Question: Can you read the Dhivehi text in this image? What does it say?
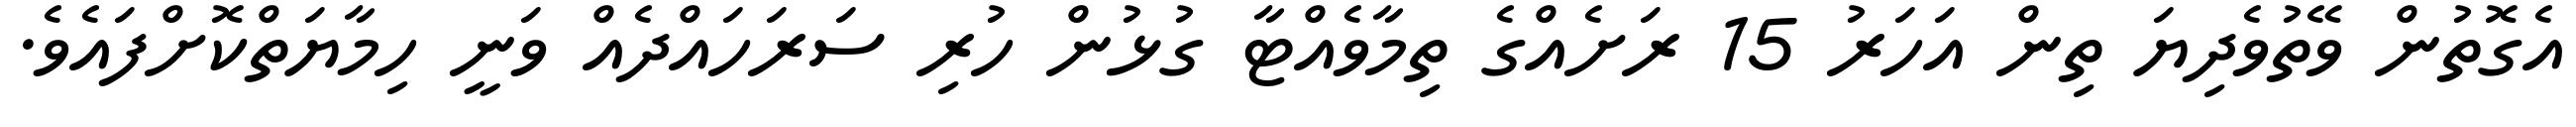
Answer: އެގޮތުން ވޭތުވެދިޔަ ތިން އަހަރު 15 ރަށެއްގެ ތިމާވެއްޓާ ގުޅުން ހުރި ސަރަހައްދެއް ވަނީ ހިމާޔަތްކޮށްފައެވެ.